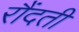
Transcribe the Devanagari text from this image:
रौंदती